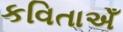
કવિતાએઁ